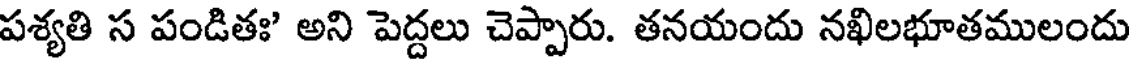
పశ్యతి స పండితః అని పెద్దలు చెప్పారు. తనయందు నఖిలభూతములందు